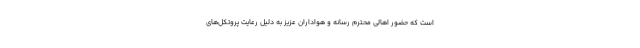
است که حضور اهالی محترم رسانه و هواداران عزیز به دلیل رعایت پروتکل‌های